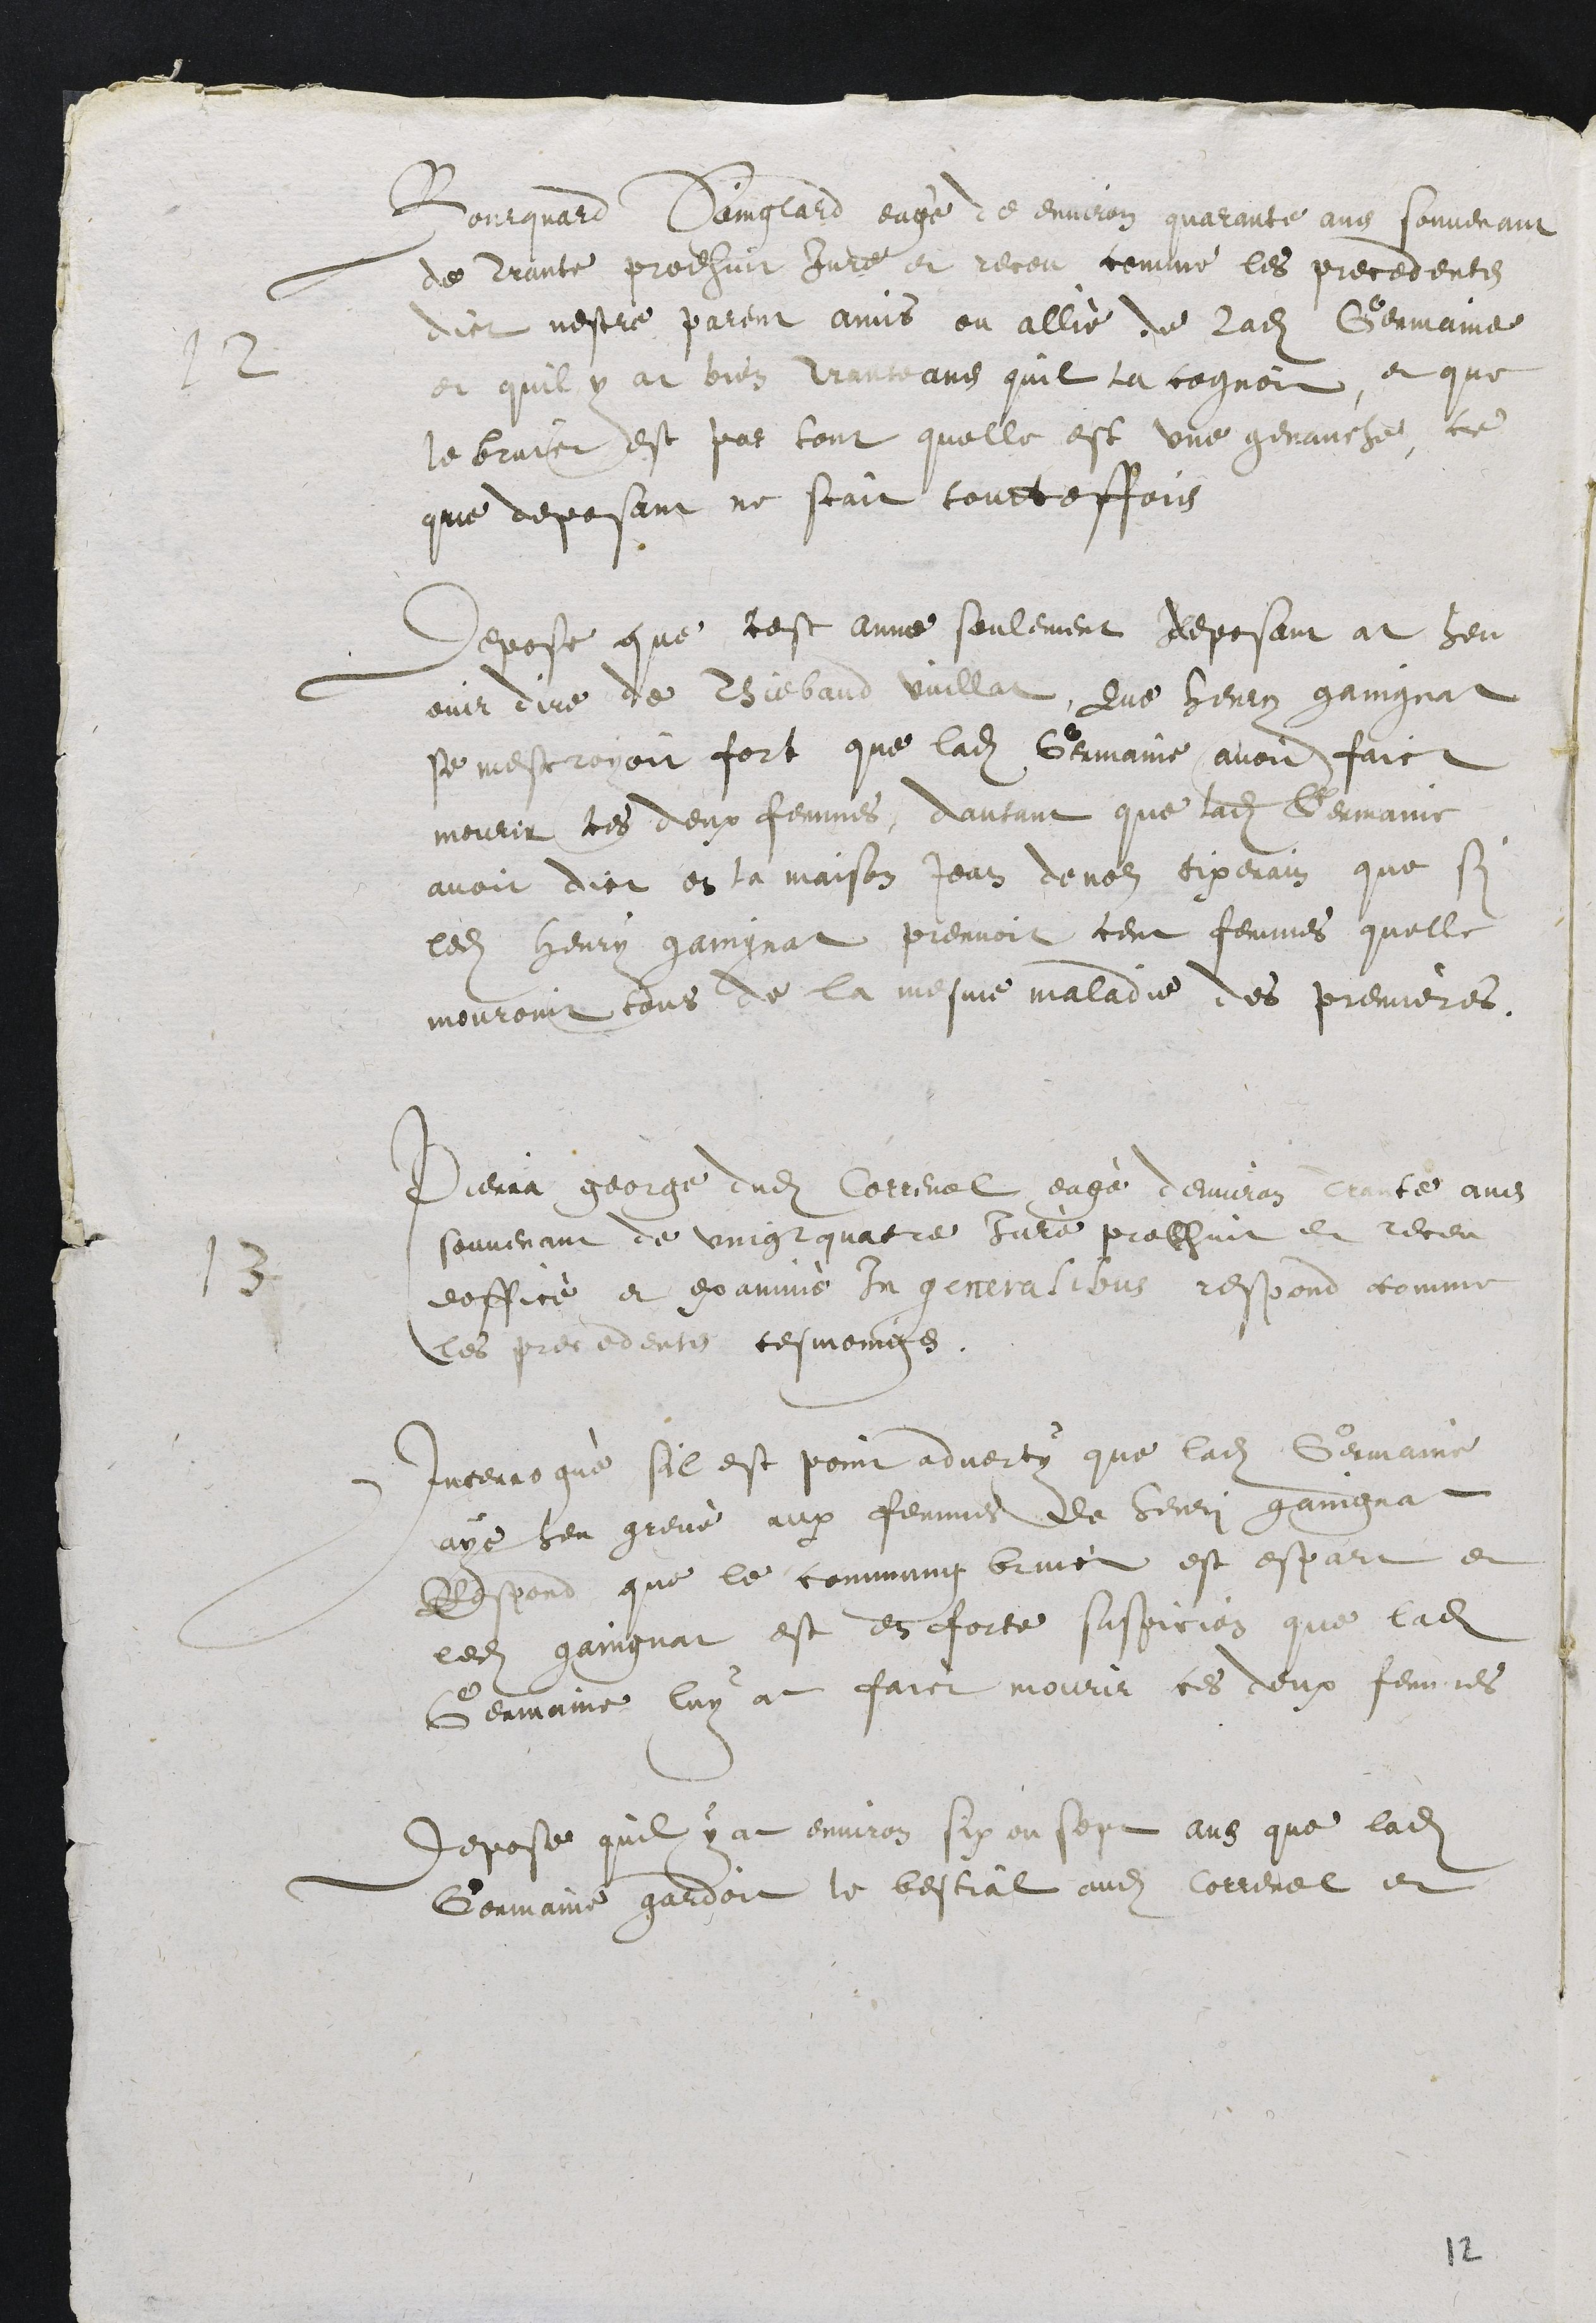
1 2
Bourquard Sainglard eagé de environ quarante ans souvenant
de trante prodhuit Jure et receu comme les precedents
dict nestre parent amis ou allié de ladite Germaine
et quil y at bien trante ans quil la cognoit, et que
le bruict est par tout quelle est une genauche, ce
que deposant ne scait toutteffois
Depose que cest anne seulement deposant at heu
ouir dire de Thiebaud vuillat, que Henry gaingnat
se mescroyoit fort que ladite Germaine avoit faict
mourir les deux femmes, dautant que ladite Germaine
avoit dict en la maison Jean denols tixerain que si
ledit Henry gaingnat prennoit cent femmes quelle
mouroint tous de la mesme maladie des premieres,
13
Pierra george dudit Correnol eagé denviron trante ans
souvenant de vingt quatre Juré prodhuit et receu
doffice et examiné In generalibus respond comme
les precedents tesmoings.
Interrogué sil est point adverty que ladite Germaine
aye heu grevé aux femmes de Henry gaingnat
Respond que le commung bruict est espart et
ledit gaingnat est en forte suspicion que ladite
Germaine luy at faict mourir ces deux femmes
Depose quil y at environ six ou sept ans que ladite
Germaine gardoit le bestial audit Correnol et